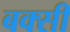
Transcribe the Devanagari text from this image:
बक्सी